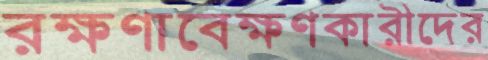
রক্ষণাবেক্ষণকারীদের